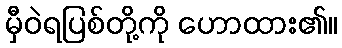
မှီဝဲရပြစ်တို့ကို ဟောထား၏။